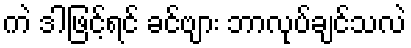
ကဲ ဒါဖြင့်ရင် ခင်ဗျား ဘာလုပ်ချင်သလဲ